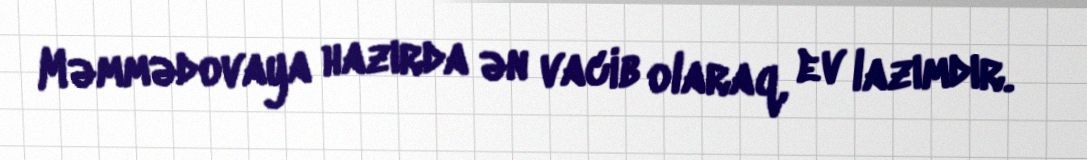
Məmmədovaya hazırda ən vacib olaraq, ev lazımdır.